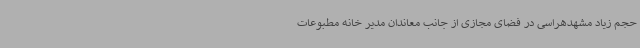
حجم زیاد مشهدهراسی در فضای مجازی از جانب معاندان مدیر خانه مطبوعات